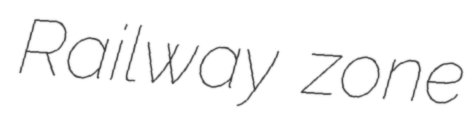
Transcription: Railway zone